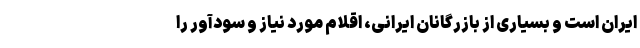
ایران است و بسیاری از بازرگانان ایرانی، اقلام مورد نیاز و سودآور را